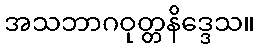
အသဘာဂဝုတ္တနိဒ္ဒေသ။